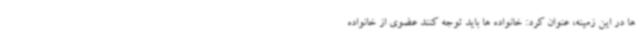
ها در این زمینه، عنوان کرد: خانواده ها باید توجه کنند عضوی از خانواده